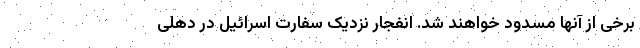
برخی از آنها مسدود خواهند شد. انفجار نزدیک سفارت اسرائیل در دهلی